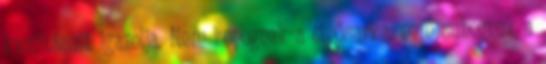
kvalitásait igazolja. Nem kopognak a cipősarka, nem suhognak a